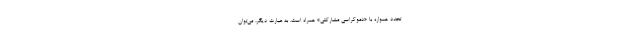
تجدد همواره با «دموکراسی مشارکتی» همراه است. به عبارت دیگر، می‌توان